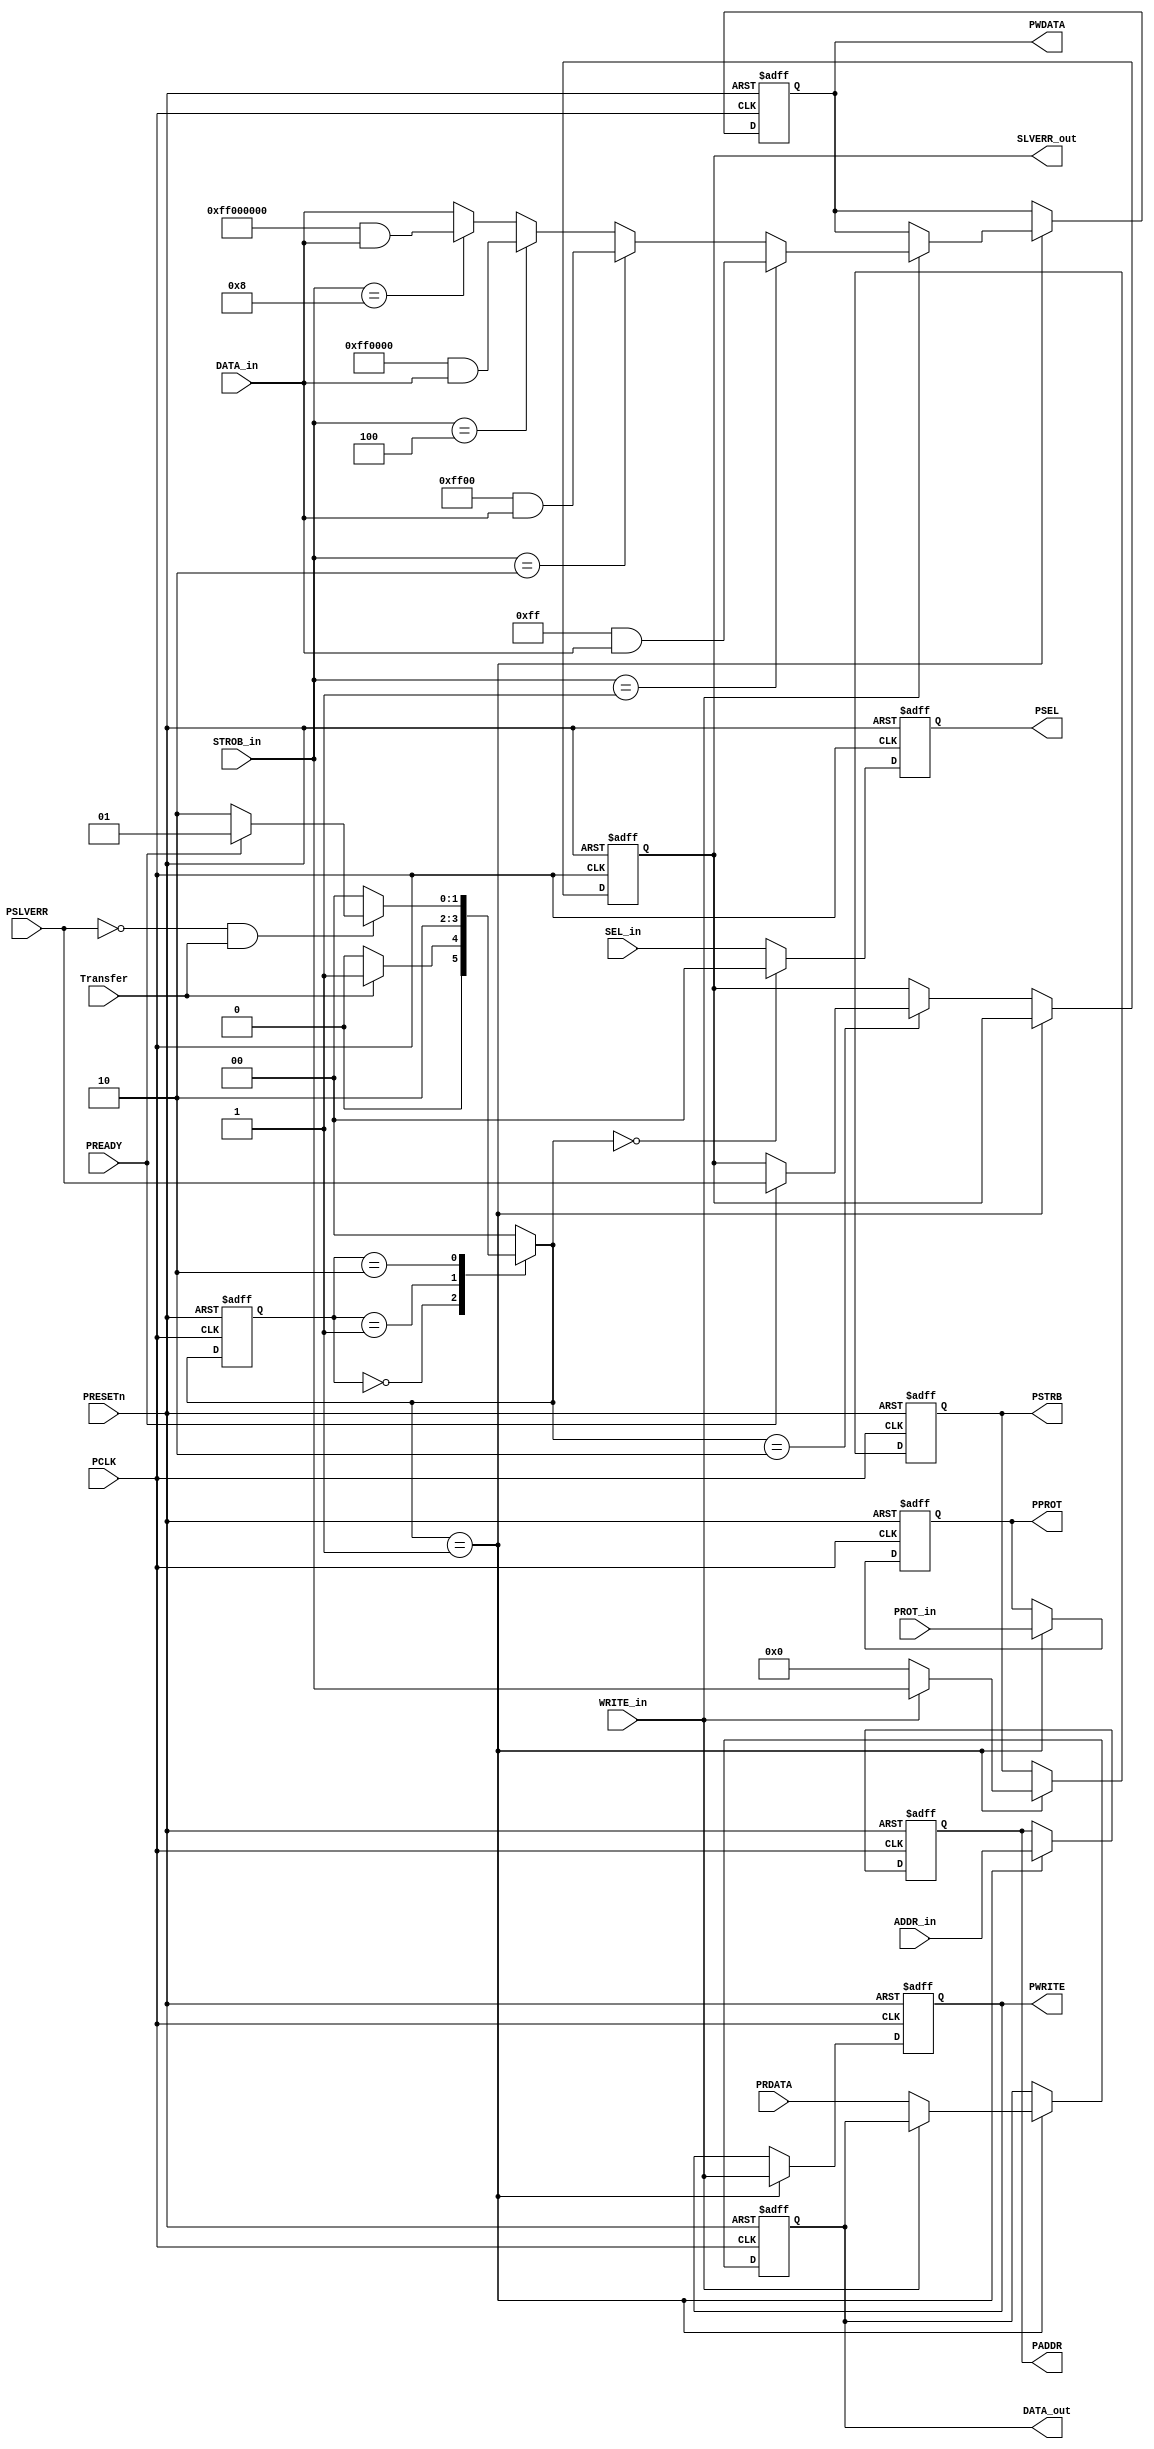

module APB_bus #( parameter DATA_WIDTH = 'd32, parameter ADDR_WIDTH = 'd32, parameter STROBE_WIDTH = 4, parameter SLAVES_NUM = 2)
  (
  
  //--------------- INPUTS -----------------------
  
  input                         PCLK       ,
  input                         PRESETn    ,
  input wire [ADDR_WIDTH-1:0]   ADDR_in    ,
  input wire [DATA_WIDTH-1:0]   DATA_in    ,
  input wire [2:0]              PROT_in    ,
  input wire [SLAVES_NUM-1:0]   SEL_in     ,
  input wire [STROBE_WIDTH-1:0] STROB_in   ,
  input wire                    Transfer   ,     
  input wire                    WRITE_in   , 
  input wire [DATA_WIDTH-1:0]   PRDATA     ,
  input wire                    PREADY     ,
  input wire                    PSLVERR    ,
  
  //-----------------OUTPUTS------------------------
  
  output reg                    SLVERR_out ,
  output reg [DATA_WIDTH-1:0]   DATA_out   ,
  output reg [ADDR_WIDTH-1:0]   PADDR      ,
  output reg [SLAVES_NUM-1:0]   PSEL       ,
  //output reg                    PENABLE    ,
  output reg                    PWRITE     ,
  output reg [DATA_WIDTH-1:0]   PWDATA     ,
  output reg [STROBE_WIDTH-1:0] PSTRB      ,
  output reg [2:0]              PPROT      
  
  );
  
  
  reg                    PENABLE;
  
  
  reg [1:0]  state , nextstate ;
  
  localparam IDLE   = 2'b00    ,
             SETUP  = 2'b01    ,
             ACCESS = 2'b10    ;
             
             
             
  always @(posedge PCLK , negedge PRESETn)
  begin
    
    if(!PRESETn)
      begin
      state <= IDLE;
      end
    
    else   
      state <= nextstate;
  end
  
  
  
  
  always @(*)
  begin
    
    case(state)
               IDLE: begin
                   if(Transfer)begin
                   nextstate <= SETUP;
                   end
                   else begin   
                   nextstate <= IDLE;
                   end
               end
                   
                   
               SETUP: begin
                   nextstate <= ACCESS;
               end      
                
                
               ACCESS: begin
                  if(!PSLVERR && Transfer) begin
                    if(PREADY)begin
                    nextstate <= SETUP;
                    end
                    else begin
                    nextstate <= ACCESS;
                    end
                  end
                                 
                  else 
                    nextstate <= IDLE;                             // the slave is ready aand there is not transfer
               end     
                
                
               default: begin
                nextstate <= IDLE;
              end
  endcase                      
  end               
    
    
    
    
  always @(posedge PCLK , negedge PRESETn)
  begin
    if(!PRESETn) begin
      PSEL <= 0;
    end
    
    else if(nextstate == IDLE) begin
      PSEL <= 0;
    end
    
    else begin
    PSEL <= SEL_in;
    end
     
  end
  
  
  always @(posedge PCLK or negedge PRESETn) 
  begin
    if(!PRESETn)begin
      
      PENABLE     <= 1'b0;
      PADDR       <=  'b0;
      PWDATA      <=  'b0;
      PWRITE      <= 1'b0;
      PSTRB       <=  'b0;
      PPROT       <= 3'b0;
      SLVERR_out  <= 1'b0;
      DATA_out    <=  'b0;
      
    end
    
  else if(nextstate == SETUP)begin
     
      PENABLE  <= 1'b0;
      PADDR    <= ADDR_in;
      PWRITE    = WRITE_in;
      PPROT    <= PROT_in;
      
    if(PWRITE)begin
        
        PSTRB  = STROB_in;
          
          
        if(PSTRB == 'd1)begin
         PWDATA <= ('h000000FF & DATA_in);
        end  
          
        else if(PSTRB == 'd2)begin
         PWDATA <= ('h0000FF00 & DATA_in);
        end
       
        else if ( PSTRB == 'd4)
         begin
          PWDATA <= ('h00FF0000 & DATA_in);
         end
        
        else if ( PSTRB == 'd8 ) 
        begin
          PWDATA <= ('hFF000000 & DATA_in);
         end
        
         else begin 
          PWDATA <= DATA_in;
          end
     
     end 
     
     else begin
       DATA_out <= PRDATA ;
        PSTRB <= 'b0;
      end
  end

  else if(nextstate == ACCESS)begin
      
      PENABLE   <= 1'b1     ;

      if(PREADY)begin
          SLVERR_out <= PSLVERR;
       
        /*if(!PWRITE)begin
          DATA_out <= PRDATA ;
        end*/
       end
  end
      
  
  else PENABLE <= 1'b0 ;
     
 end
endmodule